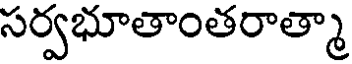
సర్వభూతాంతరాత్మా